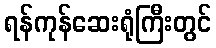
ရန်ကုန်ဆေးရုံကြီးတွင်